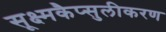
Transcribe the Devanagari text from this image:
सूक्ष्मकैप्सुलीकरण